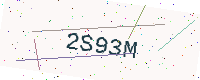
Text: 2S93M